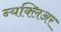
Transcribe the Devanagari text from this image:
न्यक्लिअर